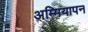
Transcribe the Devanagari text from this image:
अम्मियापन